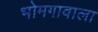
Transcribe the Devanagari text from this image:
भोमगावाला